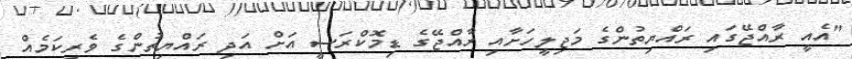
"އެއީ ރާއްޖޭގައި ރައްޔިތުންގެ މަޖިލީހަށާއި ރާއްޖޭގެ ޑިމޮކްރަސީ އަށް އަދި ރައްޔިތުންގެ ވެރިކަމެއް